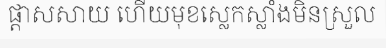
ផ្តាសសាយ ហើយមុខស្លេកស្លាំងមិនស្រួល